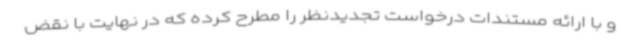
و با ارائه مستندات درخواست تجدیدنظر را مطرح کرده که در نهایت با نقض